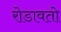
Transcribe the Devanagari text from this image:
रोडावतो